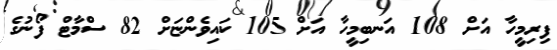
ފިރިމީހާ އަށް 108 އަނބިމީހާ އަށް 105 ކައިވެންޏަށް 82 ސްމާޓް ފޯނުގެ